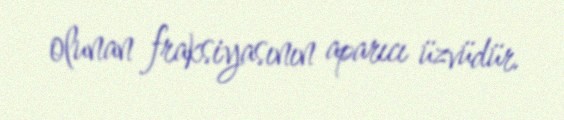
olunan fraksiyasının aparıcı üzvüdür.